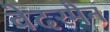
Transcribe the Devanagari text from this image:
वेदरमैन